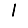
Digit: 1